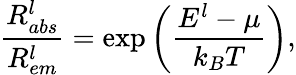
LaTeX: \frac{R_{abs}^{l}}{R_{em}^{l}}=\exp\bigg(\frac{E^{l}-\mu}{k_{B}T}\bigg),